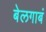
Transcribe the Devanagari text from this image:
बेलगाबं